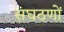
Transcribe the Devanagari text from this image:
संघठणों